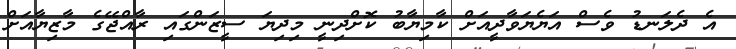
އެ ދެލަނޑު ވެސް އަޔެޔަވާދީއަށް ކާމިޔާބު ކޮށްދިނީ މިދިޔަ ސީޒަންގައި ރާއްޖޭގެ މާޒިޔާއަށް